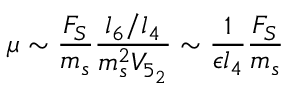
\mu \sim \frac { F _ { S } } { m _ { s } } \frac { l _ { 6 } / l _ { 4 } } { m _ { s } ^ { 2 } V _ { 5 _ { 2 } } } \sim \frac { 1 } { \epsilon l _ { 4 } } \frac { F _ { S } } { m _ { s } }